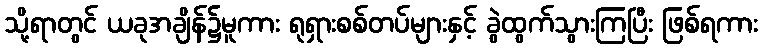
သို့ရာတွင် ယခုအချိန်၌မူကား ရုရှားစစ်တပ်များနှင့် ခွဲထွက်သွားကြပြီး ဖြစ်ရကား